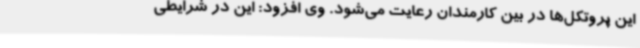
این پروتکل‌ها در بین کارمندان رعایت می‌شود. وی افزود: این در شرایطی